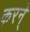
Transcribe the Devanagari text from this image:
करने्